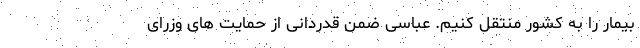
بیمار را به کشور منتقل کنیم. عباسی ضمن قدردانی از حمایت های وزرای